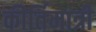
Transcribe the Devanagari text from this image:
कीर्तिमात्री